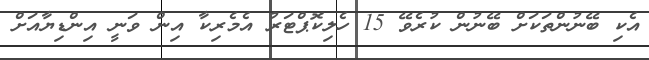
އެކި ބޭނުންތަކަށް ބޭނުން ކުރެވޭ 15 ހެލިކޮޕްޓަރު އެމެރިކާ އިން ވަނީ އިންޑިޔާއަށް